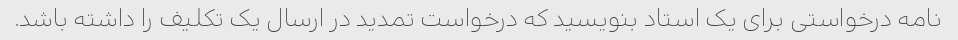
نامه درخواستی برای یک استاد بنویسید که درخواست تمدید در ارسال یک تکلیف را داشته باشد.